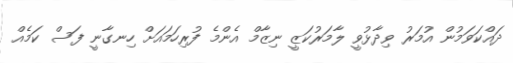
ދައްކަވަމުން އުމަރު ވިދާޅުވީ ލާމަރުކަޒީ ނިޒާމް އެންމެ ފުރިހަމައަށް ހިނގާނީ ފަސް ކަމެއް